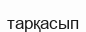
тарқасып